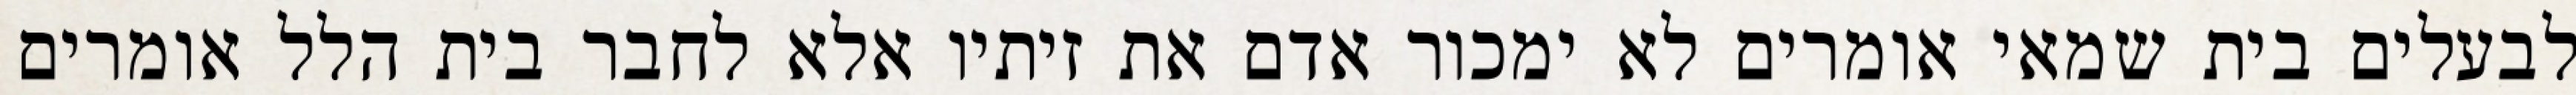
לבעלים בית שמאי אומרים לא ימכור אדם את זיתיו אלא לחבר בית הלל אומרים